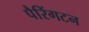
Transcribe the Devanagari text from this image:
पैरिंगटन